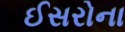
ઈસરોના